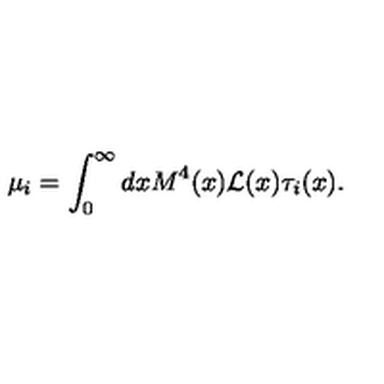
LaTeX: \mu _ { i } = \int _ { 0 } ^ { \infty } d x M ^ { 4 } ( x ) { \cal L } ( x ) \tau _ { i } ( x ) .